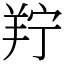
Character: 羜